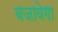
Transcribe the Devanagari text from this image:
बजावेगा